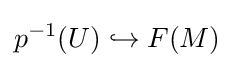
p^{-1}(U)\hookrightarrow F(M)